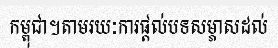
កម្ពុជា។តាមរយៈការផ្តល់បទសម្ភាសដល់